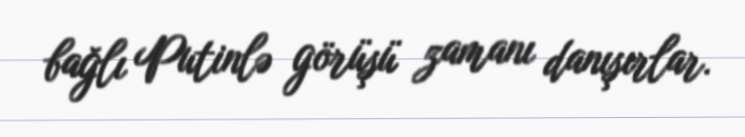
bağlı Putinlə görüşü zamanı danışırlar.